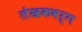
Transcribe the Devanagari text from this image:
लेखकवर्ग